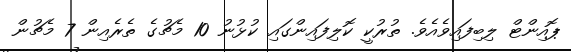
ޕޮއިންޓް ލިބިފައިވެއެވެ. ތުރުކީ ކޮލިފައިންގައި ކުޅުނު 10 މެޗުގެ ތެރެއިން 7 މެޗުން